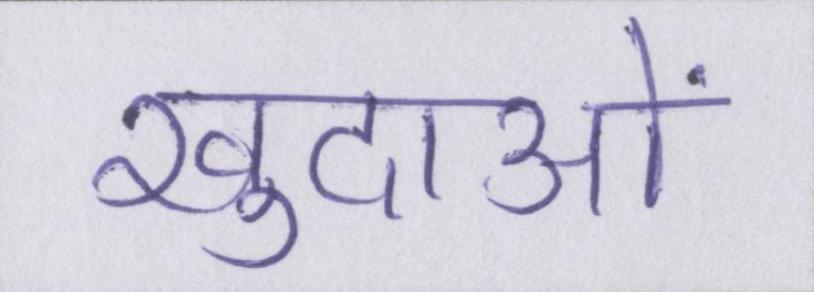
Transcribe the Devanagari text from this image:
खुदाओं